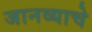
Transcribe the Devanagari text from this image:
जानव्याचे